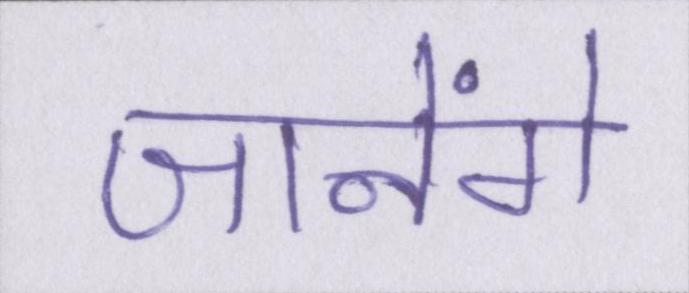
जानेंगे